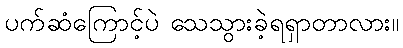
ပက်ဆံကြောင့်ပဲ သေသွားခဲ့ရရှာတာလား။